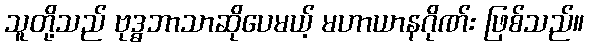
သူတို့သည် ဗုဒ္ဓဘာသာဆိုပေမယ့် မဟာယာနဂိုဏ်း ဖြစ်သည်။